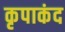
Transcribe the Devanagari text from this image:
कृपाकंद